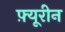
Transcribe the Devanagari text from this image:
फ़्यूरीन